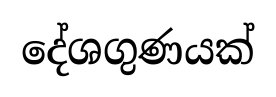
දේශගුණයක්